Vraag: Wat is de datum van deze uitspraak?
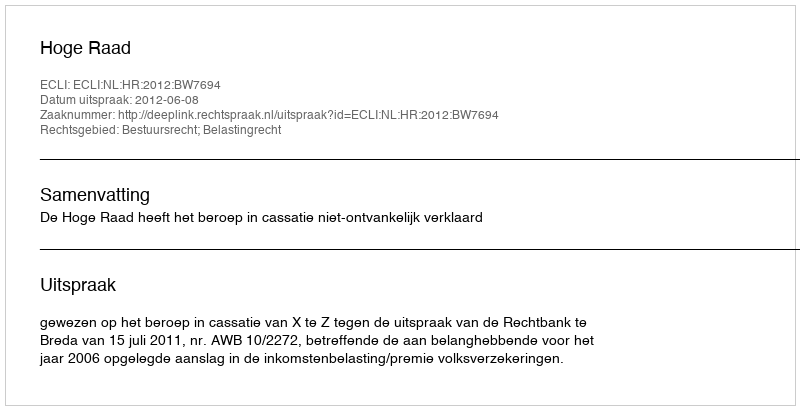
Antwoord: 2012-06-08